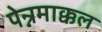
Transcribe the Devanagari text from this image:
पेन्नमाक्कल